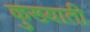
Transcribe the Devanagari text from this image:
कुख्याती